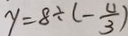
y = 8 \div ( - \frac { 4 } { 3 } )